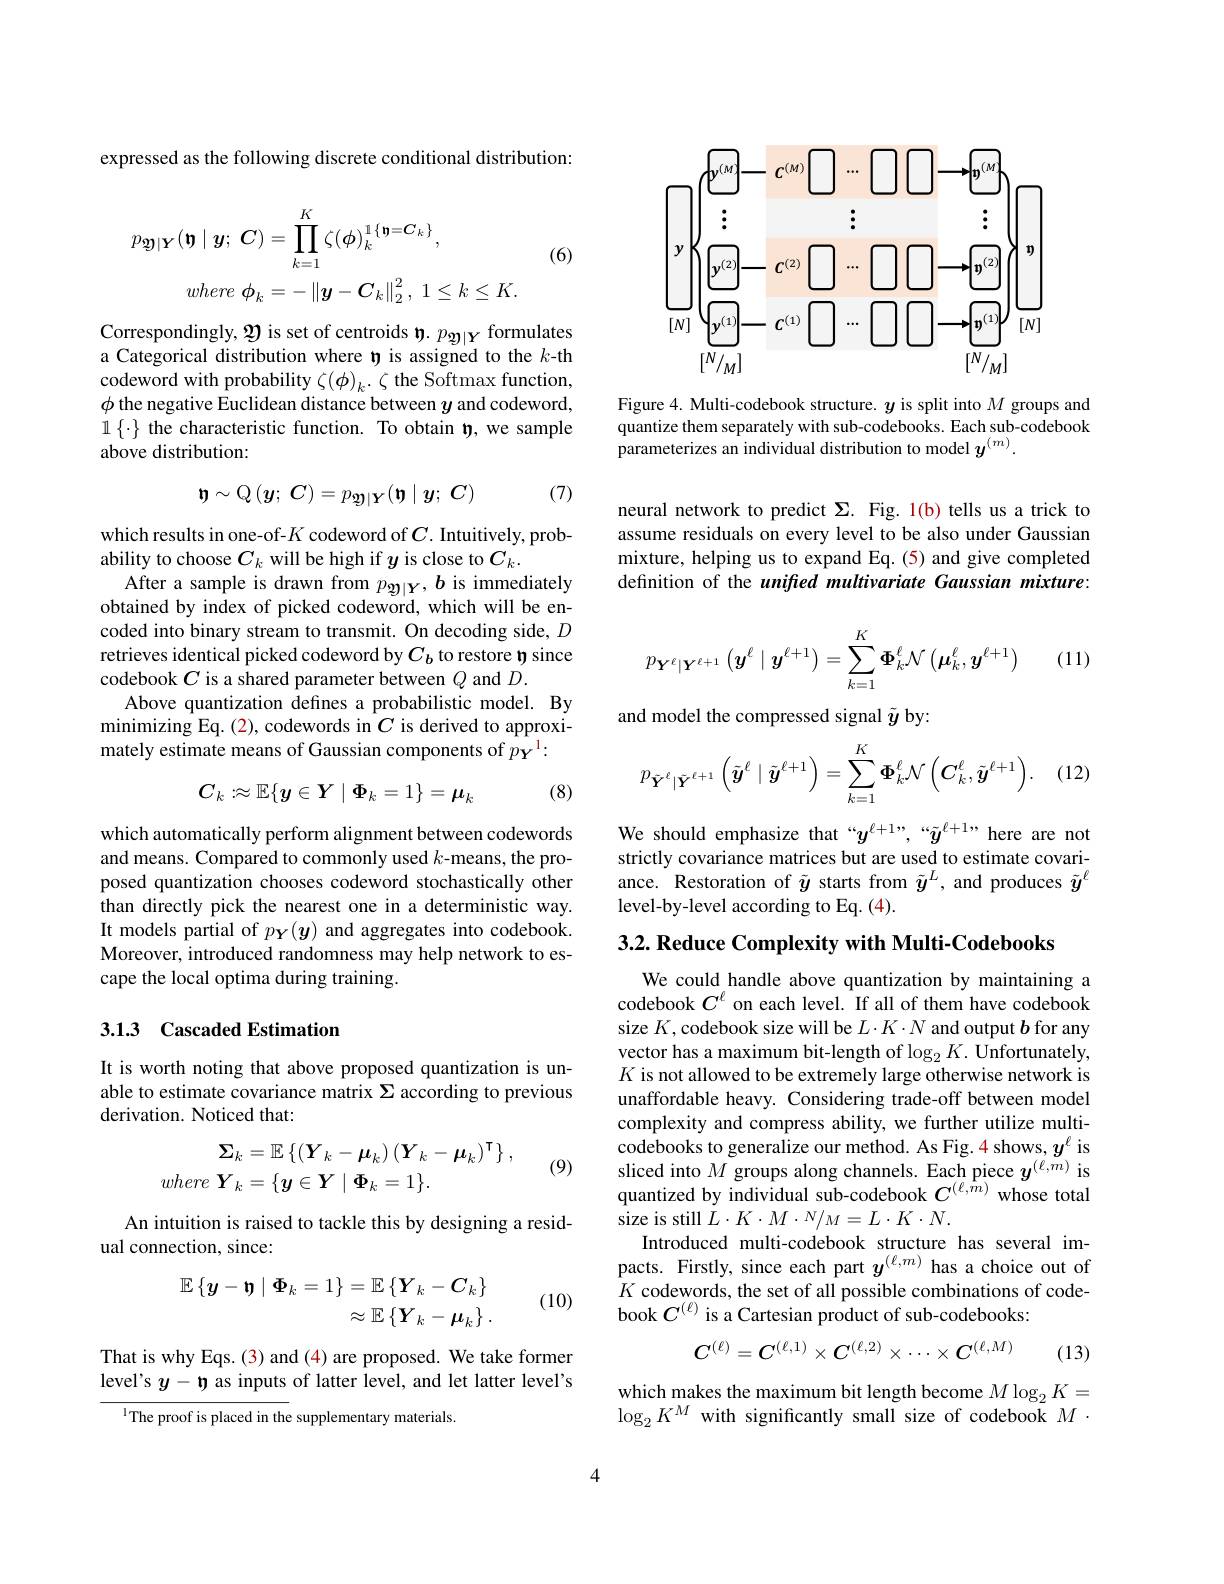
expressed as the following discrete conditional distribution:

(6)
$$\begin{aligned}p_{\mathfrak{D}|\boldsymbol{Y}}(\boldsymbol{\eta}\mid\boldsymbol{y};\:\boldsymbol{C})&=\prod_{k=1}^{K}\zeta(\boldsymbol{\phi})_{k}^{1\{\boldsymbol{\eta}=\boldsymbol{C}_{k}\}},\\where\:\phi_{k}&=-\left\|\boldsymbol{y}-\boldsymbol{C}_{k}\right\|_{2}^{2},\:1\leq k\leq K.\end{aligned}$$
Correspondingly, $\mathfrak{P}$ is set of centroids $\mathfrak{p}_{\mathfrak{p}|Y}$ formulates a Categorical distribution where ty is assigned to the $k$-th codeword with probability $\zeta(\phi)_k.\zeta$ the Softmax function, $\phi$ the negative Euclidean distance between $y$ and codeword, $\mathbb{1}\left\{\cdot\right\}$the characteristic function. To obtain ty, we sample above distribution:

(7)
$$\mathfrak{n}\sim\mathbb{Q}\left(\boldsymbol{y};\:\boldsymbol{C}\right)=p_{\mathfrak{D}\mid\boldsymbol{Y}}(\mathfrak{n}\mid\boldsymbol{y};\:\boldsymbol{C})$$
which results in one-of-$K$ codeword of $C.$ Intuitively, prob-
ability to choose $C_k$ will be high if $y$ is close to $C_k.$
After a sample is drawn from $p_{\mathfrak{g}|\boldsymbol{Y}},b$ is immediately obtained by index of picked codeword, which will be encoded into binary stream to transmit. On decoding side, $D$ retrieves identical picked codeword by $C_b$ to restore t) since codebook $C$ is a shared parameter between $Q$ and $D.$
Above quantization defines a probabilistic model. By minimizing Eq. (2), codewords in $C$ is derived to approximately estimate means of Gaussian components of $p_{\mathbf{Y}}^{1}:$

(8)
$$C_k:\approx\mathbb{E}\{y\in Y\mid\Phi_k=1\}=\boldsymbol{\mu}_k$$
which automatically perform alignment between codewords and means. Compared to commonly used $k$-means, the proposed quantization chooses codeword stochastically other than directly pick the nearest one in a deterministic way. It models partial of $p_{\boldsymbol{Y}}(\boldsymbol{y})$ and aggregates into codebook. Moreover, introduced randomness may help network to escape the local optima during training.

### 3.1.3 Cascaded Estimation

It is worth noting that above proposed quantization is unable to estimate covariance matrix $\Sigma$ according to previous derivation. Noticed that:
$$\begin{aligned}\boldsymbol{\Sigma}_{k}&=\mathbb{E}\left\{\left(\boldsymbol{Y}_{k}-\boldsymbol{\mu}_{k}\right)(\boldsymbol{Y}_{k}-\boldsymbol{\mu}_{k})^{\intercal}\right\},\\where\:\boldsymbol{Y}_{k}&=\{\boldsymbol{y}\in\boldsymbol{Y}\mid\boldsymbol{\Phi}_{k}=1\}.\end{aligned}$$
(9)

An intuition is raised to tackle this by designing a resid-
ual connection, since:
$$\begin{aligned}\mathbb{E}\left\{\boldsymbol{y}-\boldsymbol{\eta}\mid\boldsymbol{\Phi}_k=1\right\}&=\mathbb{E}\left\{\boldsymbol{Y}_k-\boldsymbol{C}_k\right\}\\&\approx\mathbb{E}\left\{\boldsymbol{Y}_k-\boldsymbol{\mu}_k\right\}.\end{aligned}$$
(10)

That is why Eqs. (3) and (4) are proposed. We take former level's $y-\mathfrak{p}$ as inputs of latter level, and let latter level's
$^{1}$The proof is placed in the supplementary materials.

<FigureHere>

Figure 4. Multi-codebook structure. $y$ is split into $M$ groups and quantize them separately with sub-codebooks. Each sub-codebook parameterizes an individual distribution to model $y^{(m)}.$

neural network to predict $\Sigma.$ Fig. 1(b) tells us a trick to assume residuals on every level to be also under Gaussian mixture, helping us to expand Eq. (5) and give completed definition of the unifed multivariate Gaussian mixture:

(11)
$$p_{\boldsymbol{Y}^\ell\mid\boldsymbol{Y}^{\ell+1}}\left(\boldsymbol{y}^\ell\mid\boldsymbol{y}^{\ell+1}\right)=\sum_{k=1}^K\boldsymbol{\Phi}_k^\ell\mathcal{N}\left(\boldsymbol{\mu}_k^\ell,\boldsymbol{y}^{\ell+1}\right)$$
and model the compressed signal $\tilde{y}$ by:

(12)
$$p_{\tilde{\boldsymbol{Y}}^\ell|\bar{\boldsymbol{Y}}^{\ell+1}}\left(\tilde{\boldsymbol{y}}^\ell\mid\tilde{\boldsymbol{y}}^{\ell+1}\right)=\sum_{k=1}^K\boldsymbol{\Phi}_k^\ell\mathcal{N}\left(\boldsymbol{C}_k^\ell,\tilde{\boldsymbol{y}}^{\ell+1}\right).$$
We should emphasize that“$y^{\ell+1},“\tilde{y}^{\ell+1}$, here are not strictly covariance matrices but are used to estimate covariance. Restoration of $\tilde{y}$ starts from $\tilde{y}^L$, and produces $\tilde{y}^\ell$ level-by-level according to Eq. (4).

3.2. Reduce Complexity with Multi-Codebooks

We could handle above quantization by maintaining a codebook $C^\ell$ on each level. If all of them have codebook size $K$, codebook size will be $L\cdot K\cdot N$ and output $b$ for any vector has a maximum bit-length of $\log_2K.$ Unfortunately, $K$ is not allowed to be extremely large otherwise network is unaffordable heavy. Considering trade-off between model complexity and compress ability, we further utilize multicodebooks to generalize our method. As Fig. 4 shows, $y^\ell$ is sliced into $M$ groups along channels. Each piece $y^{(\ell,m)}$ is quantized by individual sub-codebook $C^{(\ell,{\hat{m}})}$ whose total size is still $L\cdot K\cdot M\cdot N/_{M}=L\cdot K\cdot N.$
Introduced multi-codebook structure has several impacts. Firstly, since each part $y^{(\ell,m)}$ has a choice out of $K$ codewords, the set of all possible combinations of code- book $C^{(\ell)}$ is a Cartesian product of sub-codebooks:
$$C^{(\ell)}=C^{(\ell,1)}\times C^{(\ell,2)}\times\cdots\times C^{(\ell,M)}$$
(13)

which makes the maximum bit length become $M\log_2K=$
$\log_2K^M$ with significantly small size of codebook $M$

4